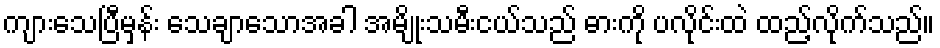
ကျားသေပြီမှန်း သေချာသောအခါ အမျိုးသမီးငယ်သည် ဓားကို ပလိုင်းထဲ ထည့်လိုက်သည်။